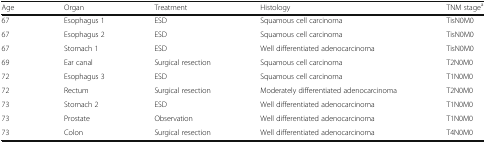
<table><thead><tr><td><b>Age</b></td><td><b>Organ</b></td><td><b>Treatment</b></td><td><b>Histology</b></td><td><b>TNM stage<sup>a</sup></b></td></tr></thead><tbody><tr><td>67</td><td>Esophagus 1</td><td>ESD</td><td>Squamous cell carcinoma</td><td>TisN0M0</td></tr><tr><td>67</td><td>Esophagus 2</td><td>ESD</td><td>Squamous cell carcinoma</td><td>TisN0M0</td></tr><tr><td>67</td><td>Stomach 1</td><td>ESD</td><td>Well differentiated adenocarcinoma</td><td>TisN0M0</td></tr><tr><td>69</td><td>Ear canal</td><td>Surgical resection</td><td>Squamous cell carcinoma</td><td>T2N0M0</td></tr><tr><td>72</td><td>Esophagus 3</td><td>ESD</td><td>Squamous cell carcinoma</td><td>T1N0M0</td></tr><tr><td>72</td><td>Rectum</td><td>Surgical resection</td><td>Moderately differentiated adenocarcinoma</td><td>T2N0M0</td></tr><tr><td>73</td><td>Stomach 2</td><td>ESD</td><td>Well differentiated adenocarcinoma</td><td>T1N0M0</td></tr><tr><td>73</td><td>Prostate</td><td>Observation</td><td>Well differentiated adenocarcinoma</td><td>T1N0M0</td></tr><tr><td>73</td><td>Colon</td><td>Surgical resection</td><td>Well differentiated adenocarcinoma</td><td>T4N0M0</td></tr></tbody></table>